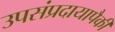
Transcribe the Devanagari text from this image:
उपसंप्रदायापैकी